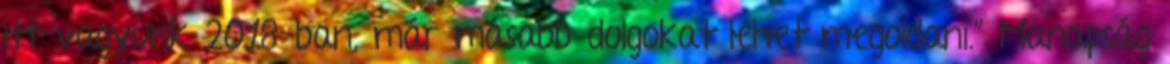
itt vagyunk 2018-ban, már másabb dolgokat lehet megoldani.” Manapság